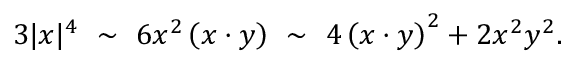
3 | x | ^ { 4 } ~ \sim ~ 6 x ^ { 2 } \left( x \cdot y \right) ~ \sim ~ 4 \left( x \cdot y \right) ^ { 2 } + 2 x ^ { 2 } y ^ { 2 } .